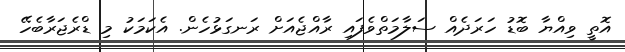
އޮތީ ވިއްޔާ ބޮޑު ހަރަދެއް ސަލާމަތްވެފައި ރާއްޖެއަށް ރަނގަޅުހެން. އެކަމަކު މި ޑްރެޖަރާބެހޭ